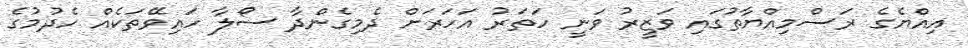
އިއްޔެގެ ރަސްމިއްޔާތުގައި ވަޒީރު ވަނީ ހަތަރު އަހަރަށް ދެމިގެންދާ ސޯލާ ހައިވޭތަކެއް ހެދުމުގެ